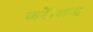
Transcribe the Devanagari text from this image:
करें।शब्द